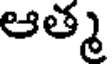
ఆత్మ